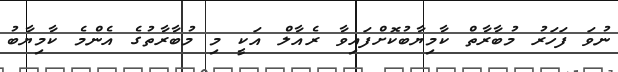
ނުވަ ފަހަރު މުބާރާތް ކާމިޔާބުކޮށްފައިވާ ރެއާލް އަކީ މި މުބާރާތުގެ އެންމެ ކާމިޔާބު